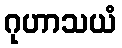
ဂုဟာသယံ